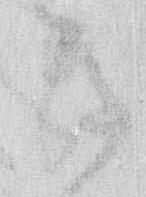
き